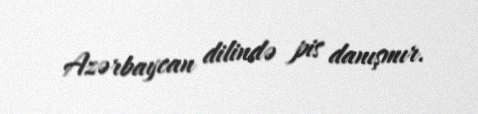
Azərbaycan dilində pis danışmır.